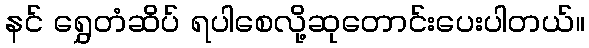
နင် ရွှေတံဆိပ် ရပါစေလို့ဆုတောင်းပေးပါတယ်။